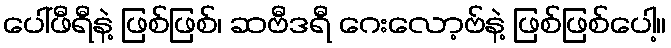
ပေါ်ဖီရီနဲ့ ဖြစ်ဖြစ်၊ ဆဗီဒရီ ဂေးလော့ဗ်နဲ့ ဖြစ်ဖြစ်ပေါ့။